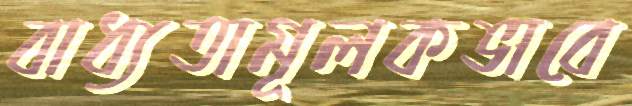
বাধ্যতামূলকভাবে